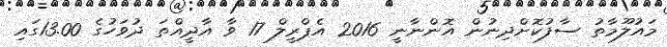
މައުލޫމާތު ސާފުކޮށްދިނުން އޮންނާނީ 2016 އެޕްރީލް 17 ވާ އާދީއްތަ ދުވަހުގެ 13.00ގައި